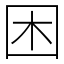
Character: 困